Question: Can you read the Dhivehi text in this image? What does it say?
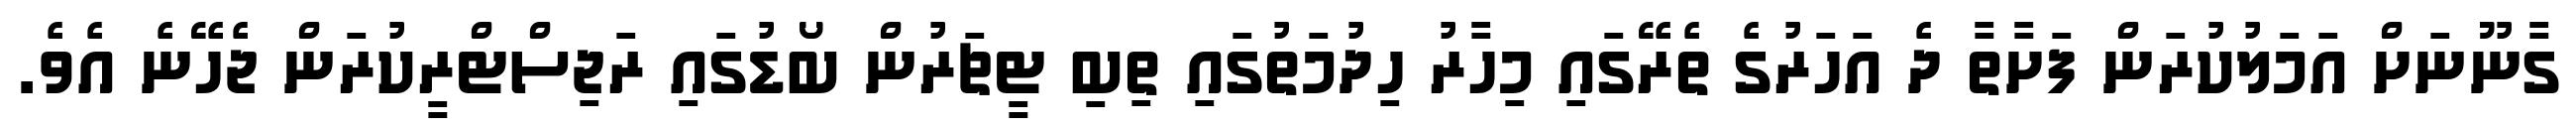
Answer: ގާނޫނަށް އަމަލުކުރަން ފަށާތާ ދެ އަހަރުގެ ތެރޭގައި މިހާރު ހިދުމަތުގައި ތިބި ޓީޗަރުން ބޯޑުގައި ރަޖިސްޓްރީކުރަން ޖެހޭނެ އެވެ.